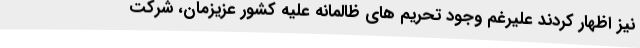
نیز اظهار کردند علیرغم وجود تحریم های ظالمانه علیه کشور عزیزمان، شرکت